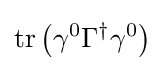
\operatorname {tr} \left(\gamma ^{0}\Gamma ^{\dagger }\gamma ^{0}\right)